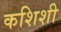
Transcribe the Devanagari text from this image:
कशिशी